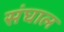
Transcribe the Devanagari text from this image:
संघाल